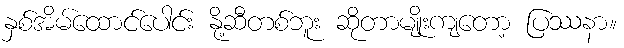
နှစ်အိမ်ထောင်ပေါင်း နို့ဆီတစ်ဘူး ဆိုတာမျိုးကျတော့ ပြဿနာ။